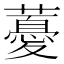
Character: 𧀥